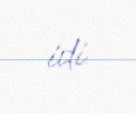
idi.